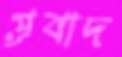
প্রবাদ